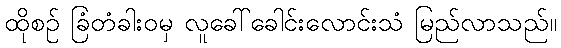
ထိုစဉ် ခြံတံခါးဝမှ လူခေါ်ခေါင်းလောင်းသံ မြည်လာသည်။